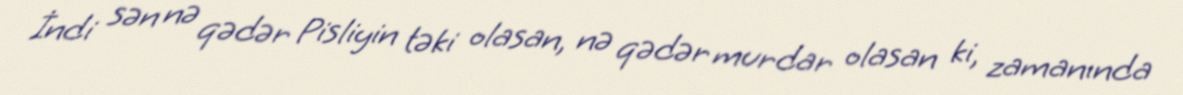
İndi sən nə qədər Pisliyin təki olasan, nə qədər murdar olasan ki, zamanında